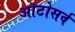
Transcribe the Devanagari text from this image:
ऑटोसर्व